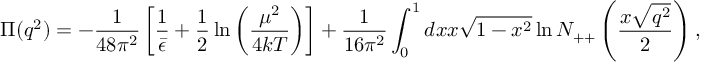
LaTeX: \Pi ( q ^ { 2 } ) = - { \frac { 1 } { 4 8 \pi ^ { 2 } } } \left[ { \frac { 1 } { \bar { \epsilon } } } + { \frac { 1 } { 2 } } \ln \left( { \frac { \mu ^ { 2 } } { 4 k T } } \right) \right] + { \frac { 1 } { 1 6 \pi ^ { 2 } } } \int _ { 0 } ^ { 1 } d x x \sqrt { 1 - x ^ { 2 } } \ln N _ { + + } \left( { \frac { x \sqrt { q ^ { 2 } } } { 2 } } \right) ,